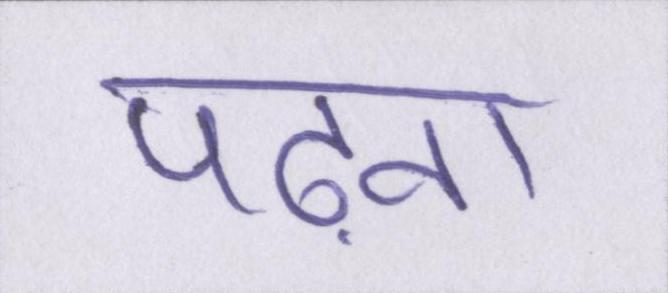
पढ़ना